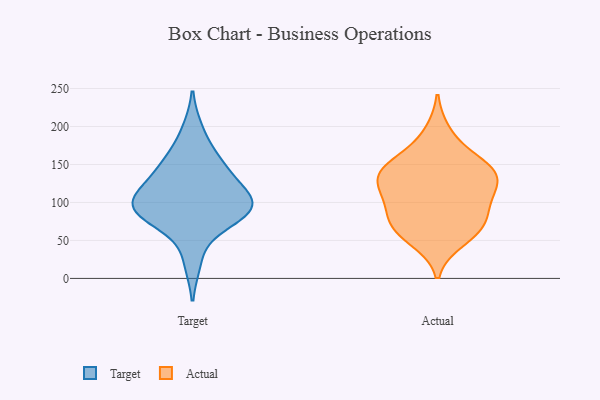
{"axis": {"x": "Backlog", "y": "Value"}, "legend": ["Actual", "Target"], "data": [{"x": "", "y": 153, "type": "Target"}, {"x": "", "y": 104, "type": "Target"}, {"x": "", "y": 83, "type": "Target"}, {"x": "", "y": 110, "type": "Target"}, {"x": "", "y": 105, "type": "Target"}, {"x": "", "y": 90, "type": "Target"}, {"x": "", "y": 150, "type": "Target"}, {"x": "", "y": 82, "type": "Target"}, {"x": "", "y": 144, "type": "Target"}, {"x": "", "y": 117, "type": "Target"}, {"x": "", "y": 82, "type": "Target"}, {"x": "", "y": 23, "type": "Target"}, {"x": "", "y": 194, "type": "Target"}, {"x": "", "y": 89, "type": "Target"}, {"x": "", "y": 102, "type": "Actual"}, {"x": "", "y": 127, "type": "Actual"}, {"x": "", "y": 72, "type": "Actual"}, {"x": "", "y": 150, "type": "Actual"}, {"x": "", "y": 72, "type": "Actual"}, {"x": "", "y": 127, "type": "Actual"}, {"x": "", "y": 139, "type": "Actual"}, {"x": "", "y": 74, "type": "Actual"}, {"x": "", "y": 58, "type": "Actual"}, {"x": "", "y": 141, "type": "Actual"}, {"x": "", "y": 192, "type": "Actual"}, {"x": "", "y": 161, "type": "Actual"}, {"x": "", "y": 96, "type": "Actual"}, {"x": "", "y": 137, "type": "Actual"}, {"x": "", "y": 110, "type": "Actual"}, {"x": "", "y": 50, "type": "Actual"}]}